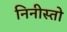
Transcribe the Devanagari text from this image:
निनीस्तो